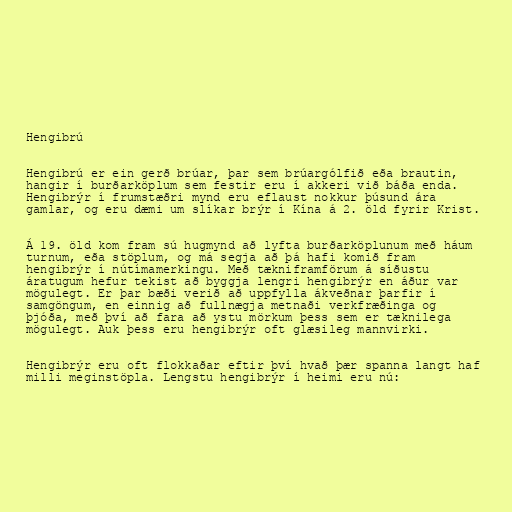
Hengibrú

Hengibrú er ein gerð brúar, þar sem brúargólfið eða brautin,
hangir í burðarköplum sem festir eru í akkeri við báða enda.
Hengibrýr í frumstæðri mynd eru eflaust nokkur þúsund ára
gamlar, og eru dæmi um slíkar brýr í Kína á 2. öld fyrir Krist.

Á 19. öld kom fram sú hugmynd að lyfta burðarköplunum með háum
turnum, eða stöplum, og má segja að þá hafi komið fram
hengibrýr í nútímamerkingu. Með tækniframförum á síðustu
áratugum hefur tekist að byggja lengri hengibrýr en áður var
mögulegt. Er þar bæði verið að uppfylla ákveðnar þarfir í
samgöngum, en einnig að fullnægja metnaði verkfræðinga og
þjóða, með því að fara að ystu mörkum þess sem er tæknilega
mögulegt. Auk þess eru hengibrýr oft glæsileg mannvirki.

Hengibrýr eru oft flokkaðar eftir því hvað þær spanna langt haf
milli meginstöpla. Lengstu hengibrýr í heimi eru nú: